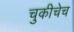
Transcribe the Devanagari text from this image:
चुकीचेच